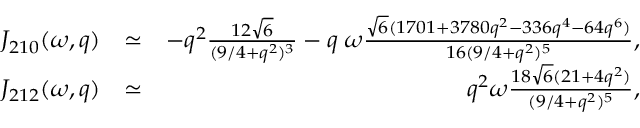
\begin{array} { r l r } { { \cal J } _ { 2 1 0 } ( \omega , q ) } & { \simeq } & { - { q ^ { 2 } } \frac { 1 2 \sqrt { 6 } } { ( 9 / 4 + q ^ { 2 } ) ^ { 3 } } - q \; \omega \frac { \sqrt { 6 } ( 1 7 0 1 + 3 7 8 0 q ^ { 2 } - 3 3 6 q ^ { 4 } - 6 4 q ^ { 6 } ) } { 1 6 ( 9 / 4 + q ^ { 2 } ) ^ { 5 } } , } \\ { { \cal J } _ { 2 1 2 } ( \omega , q ) } & { \simeq } & { q ^ { 2 } \omega \frac { 1 8 \sqrt { 6 } ( 2 1 + 4 q ^ { 2 } ) } { ( 9 / 4 + q ^ { 2 } ) ^ { 5 } } , } \end{array}